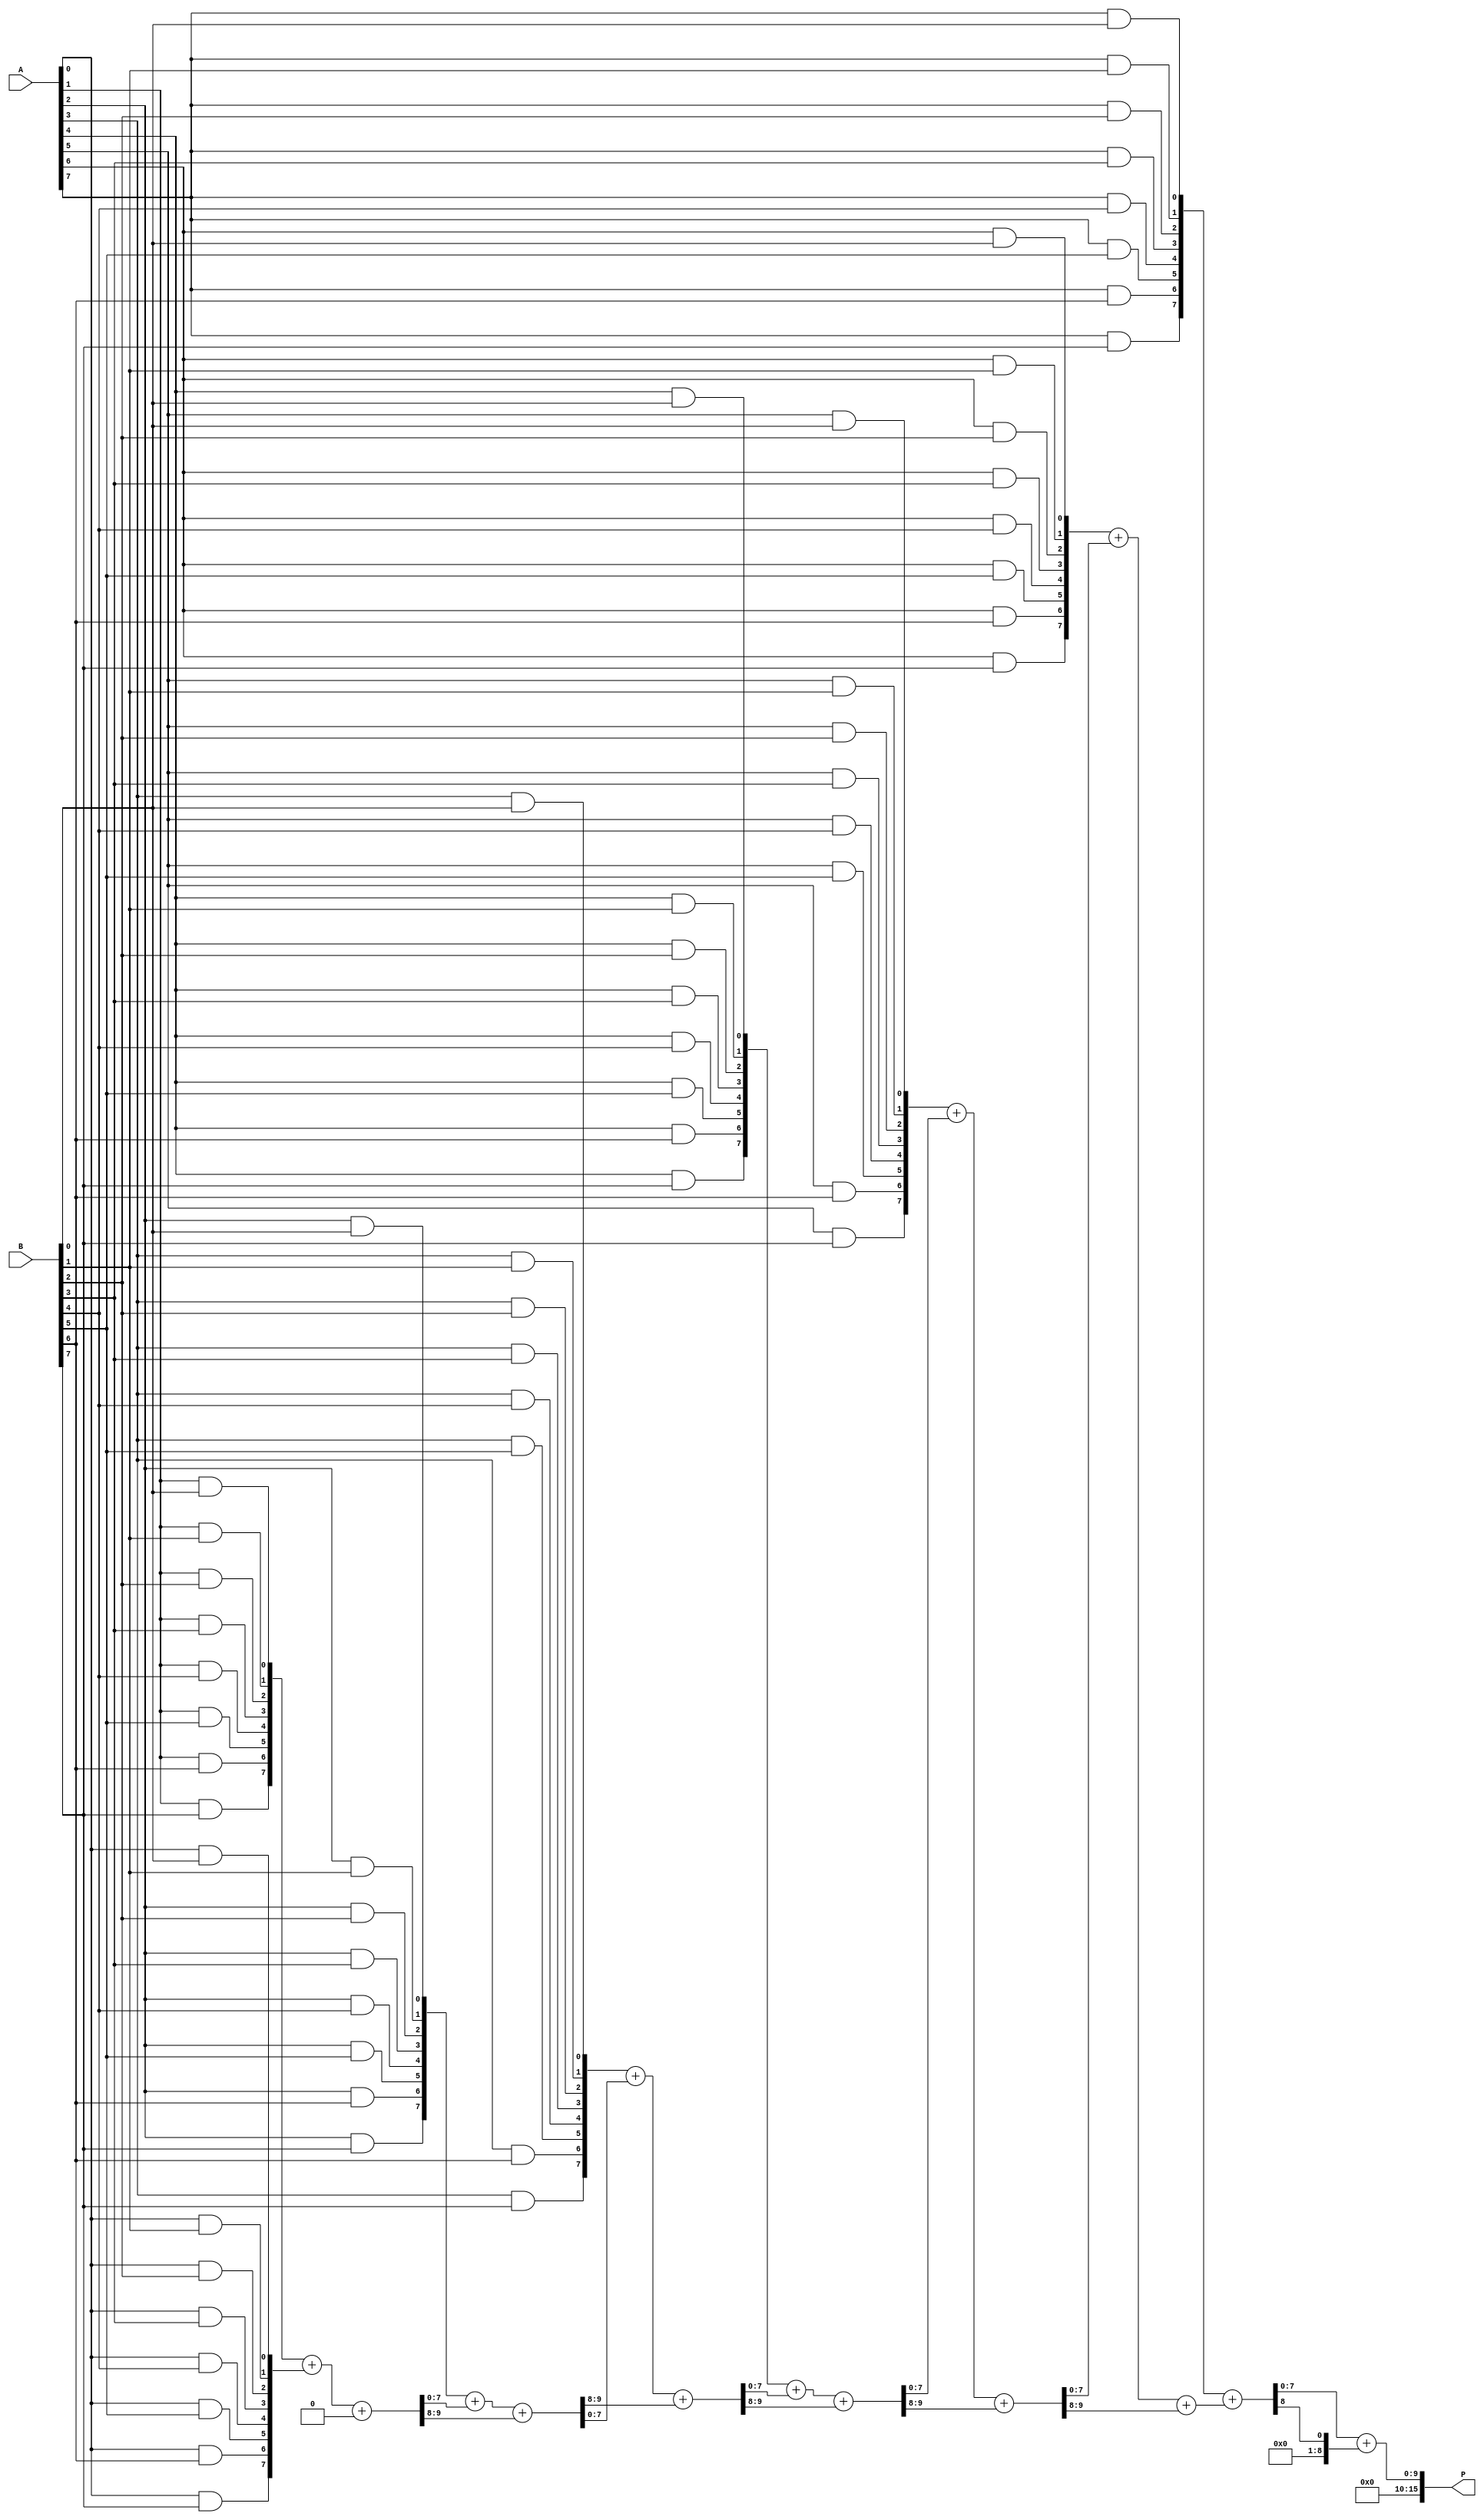
module FaultTolerantWallaceTreeMultiplier #(parameter WIDTH = 8) (
    input [WIDTH-1:0] A,
    input [WIDTH-1:0] B,
    output reg [2*WIDTH-1:0] P
);

    // Partial product generation
    wire [WIDTH-1:0] pp[WIDTH-1:0]; // Partial products
    genvar i, j;
    generate
        for (i = 0; i < WIDTH; i = i + 1) begin : gen_partial_products
            for (j = 0; j < WIDTH; j = j + 1) begin : gen_and
                assign pp[i][j] = A[i] & B[j];
            end
        end
    endgenerate

    // Wallace tree reduction
    wire [WIDTH-1:0] sum[WIDTH:0]; // Sums from adders
    wire [WIDTH:0] carry[WIDTH:0]; // Carries from adders

    // Initial stage: direct connections of partial products
    assign sum[0] = pp[0];
    assign carry[0] = 0;

    // Wallace tree reduction stages
    generate
        for (i = 0; i < WIDTH-1; i = i + 1) begin : reduction_stage
            // Full adders and half adders
            if (i < WIDTH-2) begin
                // Full adder
                assign {carry[i+1], sum[i+1]} = pp[i+1] + sum[i] + carry[i];
            end else begin
                // Last stage
                assign {carry[i+1], sum[i+1]} = pp[i+1] + sum[i];
            end
        end
    endgenerate

    // Final addition stage with redundancy
    wire [2*WIDTH-1:0] final_sum;
    wire [2*WIDTH-1:0] final_carry;

    assign final_sum = sum[WIDTH-1] + carry[WIDTH-1];

    // Redundant path for fault tolerance
    wire [2*WIDTH-1:0] redundant_sum;
    wire [2*WIDTH-1:0] redundant_carry;

    assign redundant_sum = sum[WIDTH-1] + carry[WIDTH-1]; // Redundant path

    // Fault detection logic
    wire fault_detected;
    assign fault_detected = (final_sum !== redundant_sum);

    // Output correction logic
    always @(*) begin
        if (fault_detected) begin
            P = redundant_sum; // Use redundant path if fault detected
        end else begin
            P = final_sum; // Normal operation
        end
    end

endmodule